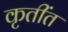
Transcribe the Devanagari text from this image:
कृतींत